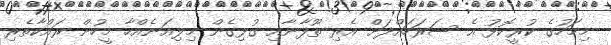
މިމަހުގެ ކުރީކޮޅު އެ ސަރަހައްދަށް އެރި ތޫފާނާއި ގުޅިގެން މިލިއަނެއްހާ މީހުން ރައްކާތެރި